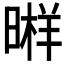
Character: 𣉫